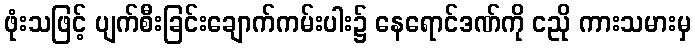
ဖုံးသဖြင့် ပျက်စီးခြင်းချောက်ကမ်းပါး၌ နေရောင်ဒဏ်ကို ငညို ကားသမားမှ